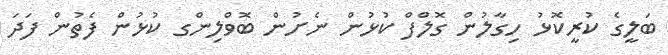
ބަލީގެ ކުރީކޮޅު ހިގާލުން ގޮލްފް ކުޅުން ނެށުން ބޮވްލިންގ ކުޅުން ފެތުން ފަދަ